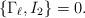
LaTeX: \begin{align*}\{\Gamma_{\ell},I_2\}=0.\end{align*}